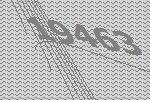
19463